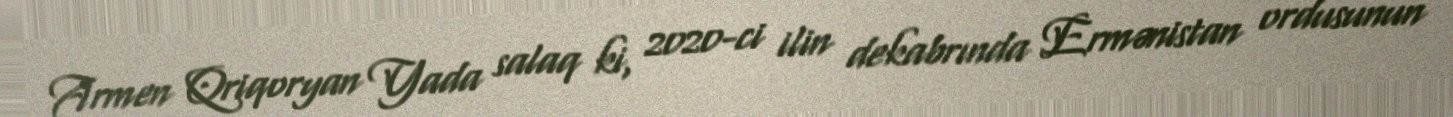
Armen Qriqoryan Yada salaq ki, 2020-ci ilin dekabrında Ermənistan ordusunun